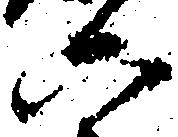
六